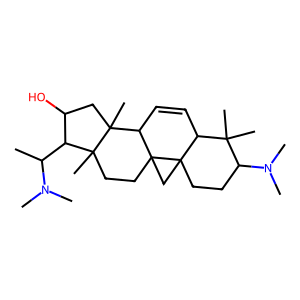
SMILES: CC(C1C(O)CC2(C)C3C=CC4C(C)(C)C(N(C)C)CCC45CC35CCC12C)N(C)C
Inhibits HIV replication: No